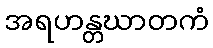
အရဟန္တဃာတကံ